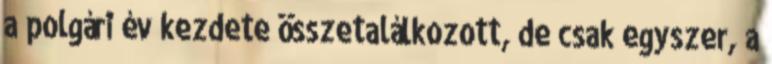
a polgári év kezdete összetalálkozott, de csak egyszer, a